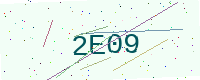
Text: 2E09